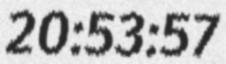
20:53:57